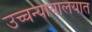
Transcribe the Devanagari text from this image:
उच्चन्यायालयात